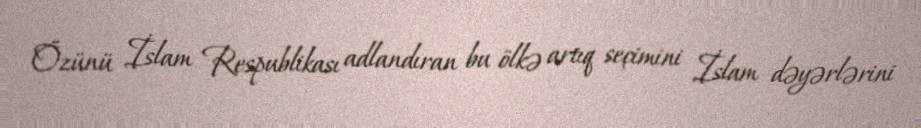
Özünü İslam Respublikası adlandıran bu ölkə artıq seçimini İslam dəyərlərini